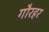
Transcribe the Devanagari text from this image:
गौरहर